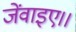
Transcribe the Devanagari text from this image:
जेंवाइए।।